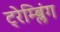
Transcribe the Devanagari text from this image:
ट्रेम्ब्लिंग